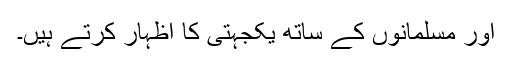
اور مسلمانوں کے ساتھ یکجہتی کا اظہار کرتے ہیں۔